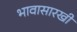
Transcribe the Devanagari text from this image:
भावासारखी